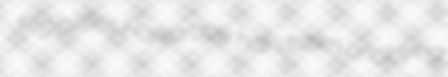
eligibilities Harvardize hot-drawn uncloying